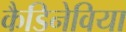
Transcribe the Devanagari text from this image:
कैडिनेविया